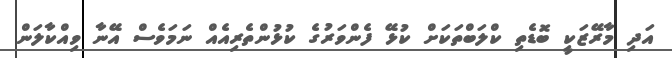
އަދި މާރޭޒަކީ ބޮޑެތި ކްލަބްތަކަށް ކުޅޭ ފެންވަރުގެ ކުޅުންތެރިއެއް ނަމަވެސް އޭނާ ވިއްކާލަން